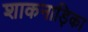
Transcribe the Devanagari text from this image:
शाकनाड़िका